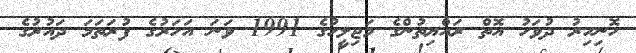
ހޮނިހިރު ދުވަހު އޮތް ރައްޔިތުންގެ މަޖިލީހުގެ 1991 ވަނަ އަހަރުގެ ފުރަތަމަ ދައުރުގެ